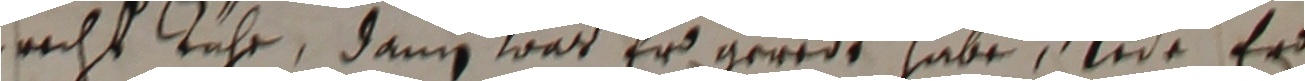
nricht tuhr, dann war er geredt habe, wide er